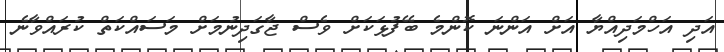
އަދި އަހްމަދިއްޔާ އަށް އަންނަ ކޮންމެ ބޭފުޅަކަށް ވެސް ޖާގަދިނުމަށް މަސައްކަތް ކުރައްވާނެ